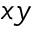
x y